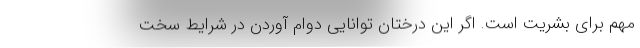
مهم برای بشریت است. اگر این درختان توانایی دوام آوردن در شرایط سخت